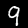
Label: 9